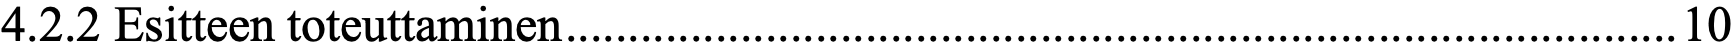
4.2.2 Esitteen toteuttaminen ......................................................................................... 10